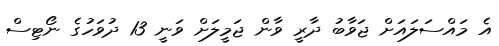
އެ މައްސަލައަށް ޖަވާބު ދާރީ ވާން ޖަމީލަށް ވަނީ 13 ދުވަހުގެ ނޯޓިސް